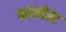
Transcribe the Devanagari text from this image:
कांक्वेस्ट